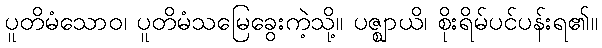
ပူတိမံသောဝ၊ ပူတိမံသမြေခွေးကဲ့သို့။ ပဇ္ဈာယိ၊ စိုးရိမ်ပင်ပန်းရ၏။